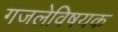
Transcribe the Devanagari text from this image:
गजलेविषयक